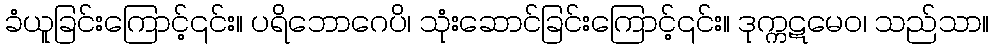
ခံယူခြင်းကြောင့်၎င်း။ ပရိဘောဂေပိ၊ သုံးဆောင်ခြင်းကြောင့်၎င်း။ ဒုက္ကဋမေဝ၊ သည်သာ။